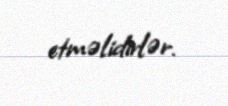
etməlidirlər.